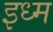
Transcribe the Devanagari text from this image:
इध्म